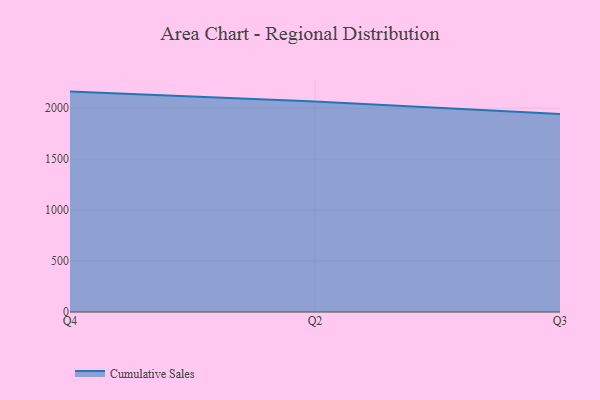
{"axis": {"x": "Quarter", "y": "Inventory Turnover"}, "legend": ["Cumulative Sales"], "data": [{"x": "Q4", "y": 2163.3, "type": "Cumulative Sales"}, {"x": "Q2", "y": 2066.6, "type": "Cumulative Sales"}, {"x": "Q3", "y": 1943.7, "type": "Cumulative Sales"}]}